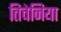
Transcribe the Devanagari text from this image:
तिचेनिया